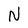
Character: N